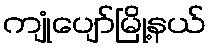
ကျုံပျော်မြို့နယ်